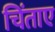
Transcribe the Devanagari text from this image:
चिंताए